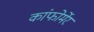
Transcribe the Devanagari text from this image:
कांफोर्मेर